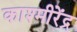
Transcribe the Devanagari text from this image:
काश्मीरेंद्र